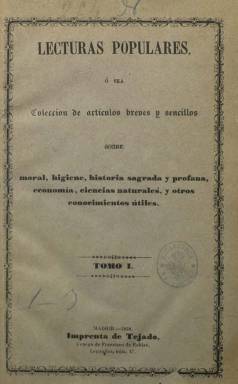
Título: Lecturas populares
Otros títulos: Título de la portada de tomo: Lecturas populares o sea Colección de artículos breves y sencillos sobre moral, higiene, historia sagrada y profana, economía, ciencias naturales y otros conocimientos útiles, <t. 1 (1858)> || Colección de artículos breves y sencillos sobre moral, higiene, historia sagrada y profana, economía, ciencias naturales y otros conocimientos útiles
Colección: Revistas de información general
Ámbito geográfico: Madrid
Lugar de publicación: Madrid
Fechas: 01/07/1858-15/12/1858

Lleva el subtítulo de “colección de artículos breves y sencillos sobre moral, higiene, historia sagrada y profana, economía, ciencias naturales y otros conocimientos útiles”, que resume los contenidos de esta publicación quincenal, que aparecerá los días uno y 15 de cada mes, desde el uno de julio de 1858. Salía de la Imprenta de Tejado, a cargo entonces de Francisco Robles, que también es su editor responsable. Al final de cada cuaderno, en un formato en octavo y de ocho páginas, compuestas a una sola columna y con foliación continuada, suele aparecer el nombre de José de Castro, firmando “por todos los artículos”.

En su primera entrega expresa que el precio de cada ejemplar es “sumamente barato” y que “muchos pobres lo recibirán gratis”. Entre otros, el precio de la suscripción por trimestre era de cinco reales en Madrid y seis, en provincias. Su objeto es ofrecer buenos consejos, palabras de consuelo, noticias de acciones honradas o cuentecillos que entretengan y enseñen, a través de breves textos de divulgación o narrativos, o la inserción de poemas y máximas, muchos de ellos de carácter piadoso o doctrinal y de naturaleza religiosa. Algunos textos están reproducidos de la Biblioteca manual del cristiano, que editaba el propio impresor Tejado.

Así, mezcla textos con epígrafes sobre la existencia de Dios, la caridad del pobre, los rasgos de piedad filial, la confesión, los remedios a los ahogados, el labrador feliz, la batalla de Lepanto, origen del rosario, santa Teresa de Jesús, la patrona de España, o inscripciones en las pilastras que decoran la entrada del cementerio de la Sacramental de San Luis y San Ginés en Madrid, que, a pesar del título, es una composición poética.

La colección de este título en la Biblioteca Nacional de España abarca sólo su primer tomo (de 80 páginas), con la docena de números que publicó hasta el 15 de diciembre de ese mismo año 1858, que, al final, lleva un índice. Se conocen de este título hasta siete tomos, correspondiendo el último al año 1864, cuando aparecía “con licencia de la autoridad eclesiástica”, con ilustraciones y estando la imprenta a cargo de Rafael Ludeña desde 1859.